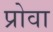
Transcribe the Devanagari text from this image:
प्रोवा